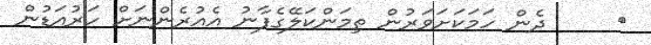
٨     ދެން ހަމަކަށަވަރުން ތިމަންކަލޭގެފާނު އެއުރެންނަށް ހަރުއަޑުން